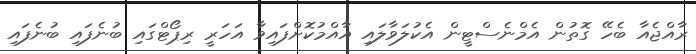
ރާއްޖެއާ ބެހޭ ގޮތުން އެމްނެސްޓީން އެކުލަވާލައި އާއްމުކޮށްފައިވާ އަހަރީ ރިޕޯޓްގައި ބުނެފައި ބުނެފައި